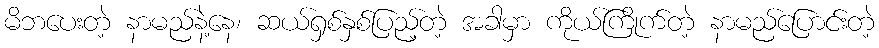
မိဘပေးတဲ့ နာမည်နဲ့နေ၊ ဆယ်ရှစ်နှစ်ပြည့်တဲ့ အခါမှာ ကိုယ်ကြိုက်တဲ့ နာမည်ပြောင်းတဲ့